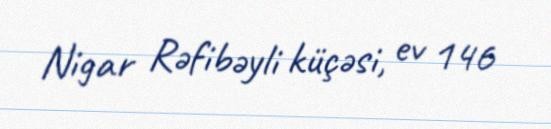
Nigar Rəfibəyli küçəsi, ev 146